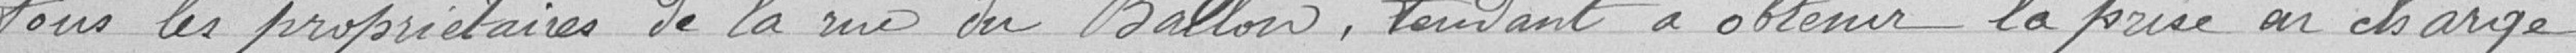
tous les propriétaires de la rue du Ballon, tendant à obtenir la prise en charge.